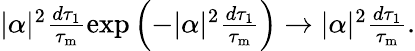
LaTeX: \begin{array}{r}{|\alpha|^{2}\frac{d\tau_{1}}{\tau_{\mathrm{m}}}\exp\left(-|\alpha|^{2}\frac{d\tau_{1}}{\tau_{\mathrm{m}}}\right)\rightarrow|\alpha|^{2}\frac{d\tau_{1}}{\tau_{\mathrm{m}}}.}\end{array}